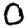
Digit: 0